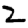
Digit: 2